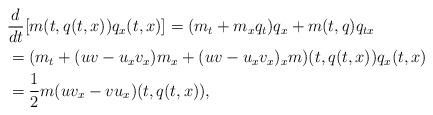
LaTeX: \begin{align*}&\frac{d}{dt}[m(t,q(t,x))q_{x}(t,x)]=(m_t+m_xq_t)q_x+m(t,q)q_{tx}\\&=(m_t+(uv-u_xv_x)m_x+(uv-u_xv_x)_xm)(t,q(t,x))q_x(t,x)\\&=\frac{1}{2}m(uv_x-vu_x)(t,q(t,x)),\end{align*}